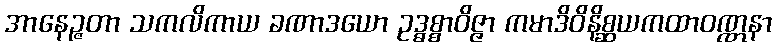
အာနေဉ္ဇတာ သကလိကာယ ခဏာဒယော ဥဒ္ဓစ္စာဝိဇ္ဇာ ကမာဒိဝိနိစ္ဆယကထာဝဏ္ဏနာ